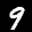
Label: 9